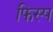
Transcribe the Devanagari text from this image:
फिस्प